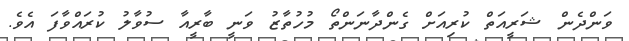
ވަންދެން ޝަރީއަތް ކުރިއަށް ގެންދާނަންތޯ މުހުތާޒު ވަނީ ބާރީއާ ސުވާލު ކުރައްވާފަ އެވެ.